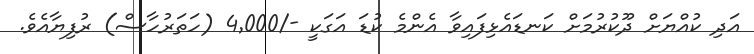
އަދި ކުއްޔަށް ދޫކުރުމަށް ކަނޑައެޅިފައިވާ އެންމެ ކުޑަ އަގަކީ -/4